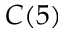
C ( 5 )